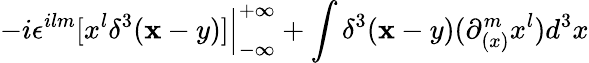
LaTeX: -i\epsilon^{ilm}[x^{l}\delta^{3}({\mathbf x-y})]{\Big\vert}_{-\infty}^{+\infty}+\int\delta^{3}({\mathbf x-y})(\partial_{(x)}^{m}x^{l})d^{3}x